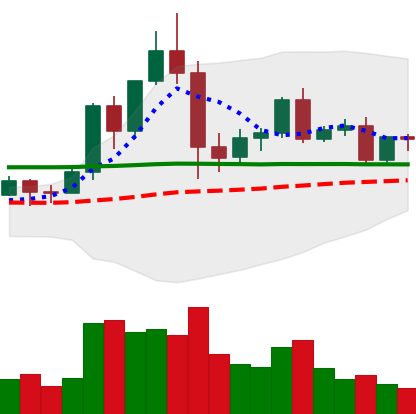
Ticker: EOS-USD
Chart end date: 2020-12-06
Forward return: -10.072%
Label: down_7plus